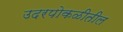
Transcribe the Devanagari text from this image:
उदरपोकळीतील